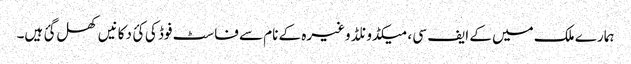
ہمارے ملک میں کے ایف سی ، میکڈونلڈ وغیرہ کے نام سے فاسٹ فوڈ کی کئ دکانیں کھل گئ ہیں۔